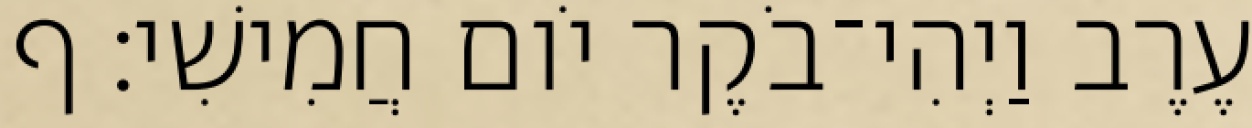
עֶרֶב וַיְהִי־בֹקֶר יֹום חֲמִישִׁי׃ ף